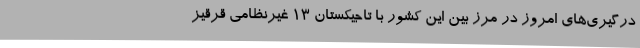
درگیری‌های امروز در مرز بین این کشور با تاجیکستان ۱۳ غیرنظامی قرقیز